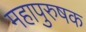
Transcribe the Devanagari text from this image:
महापुरुषक